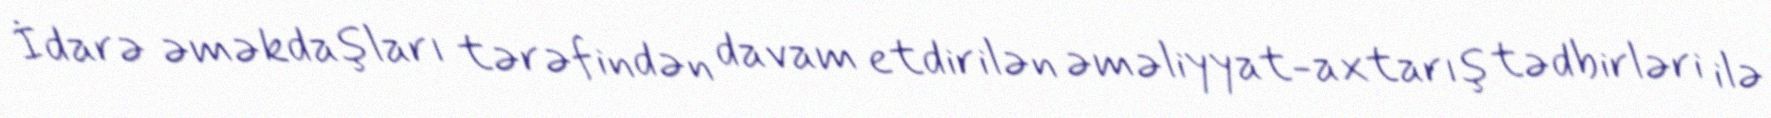
İdarə əməkdaşları tərəfindən davam etdirilən əməliyyat-axtarış tədbirləri ilə